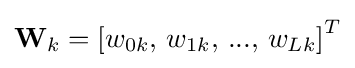
\mathbf {W} _{k}=\left[w_{0k},\,w_{1k},\,...,\,w_{Lk}\right]^{T}